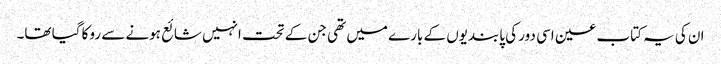
ان کی یہ کتاب عین اسی دور کی پابندیوں کے بارے میں تھی جن کے تحت انہیں شائع ہونے سے روکا گیا تھا۔